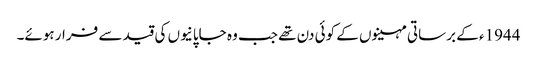
1944ء کے برساتی مہینوں کے کوئی دن تھے جب وہ جاپانیوں کی قید سے فرار ہوئے۔